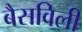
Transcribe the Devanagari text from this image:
बैसविली